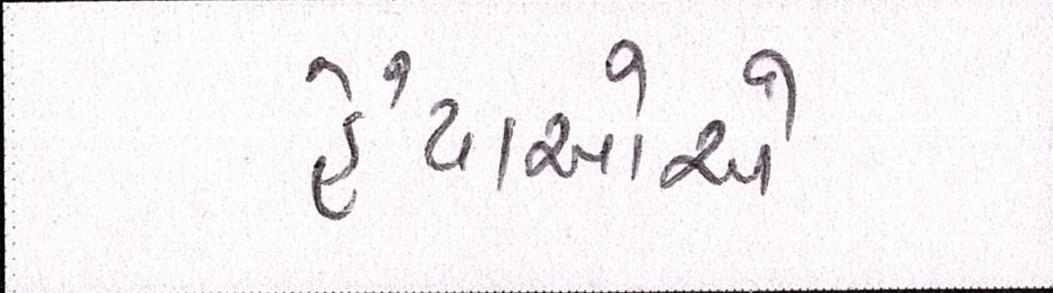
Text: હૈયાઓએ